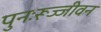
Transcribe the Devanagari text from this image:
पुनःरूज्जीवन